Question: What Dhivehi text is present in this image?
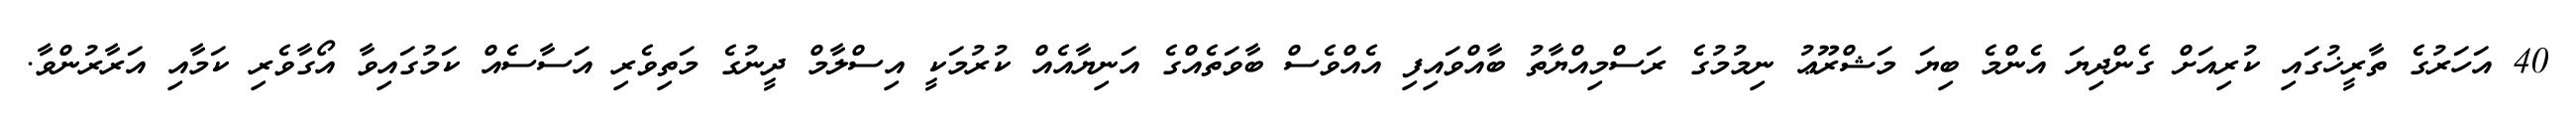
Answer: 40 އަހަރުގެ ތާރީޚުގައި ކުރިއަށް ގެންދިޔަ އެންމެ ބިޔަ މަޝްރޫޢު ނިމުމުގެ ރަސްމިއްޔާތު ބާއްވައިފި އެއްވެސް ބާވަތެއްގެ އަނިޔާއެއް ކުރުމަކީ އިސްލާމް ދީނުގެ މަތިވެރި އަސާސެއް ކަމުގައިވާ އޯގާވެރި ކަމާއި އަރާރުންވާ.